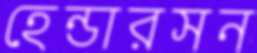
হেন্ডারসন